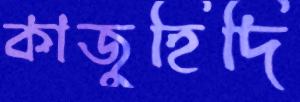
কাজুহিদি